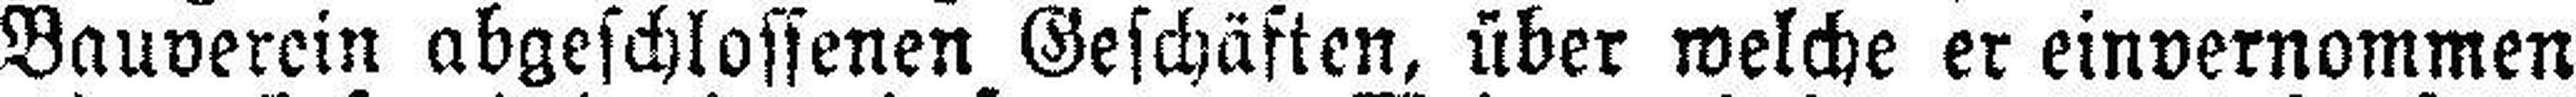
Bauverein abgeschlossenen Geschäften, über welche er einvernommen